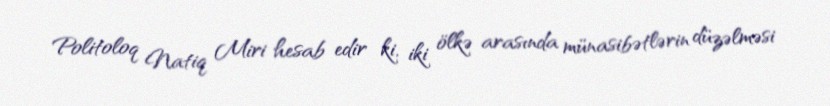
Politoloq Natiq Miri hesab edir ki, iki ölkə arasında münasibətlərin düzəlməsi